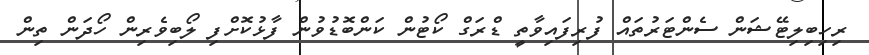
ރިހިބިލިޓޭޝަން ސެންޓަރުތައް ފުރިފައިވާތީ ޑްރަގް ކޯޓުން ކަންބޮޑުވުން ފާޅުކޮށްފި ލޯބިވެރިން ހޯދަން ތިން